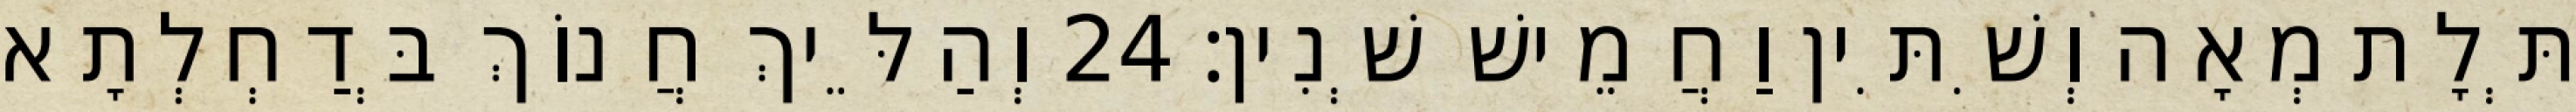
תְּלָת מְאָה וְשִׁתִּין וַחֲמֵישׁ שְׁנִין׃ 24 וְהַלֵּיךְ חֲנוֹךְ בְּדַחְלְתָא